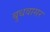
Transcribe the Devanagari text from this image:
बुधवासर